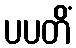
ပပတိံ